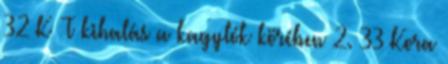
32 K T kihalás a kagylók körében 2. 33 Kora